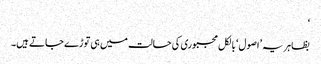
‘
بظاہر یہ ’اصول‘ بالکل مجبوری کی حالت میں ہی توڑے جاتے ہیں۔